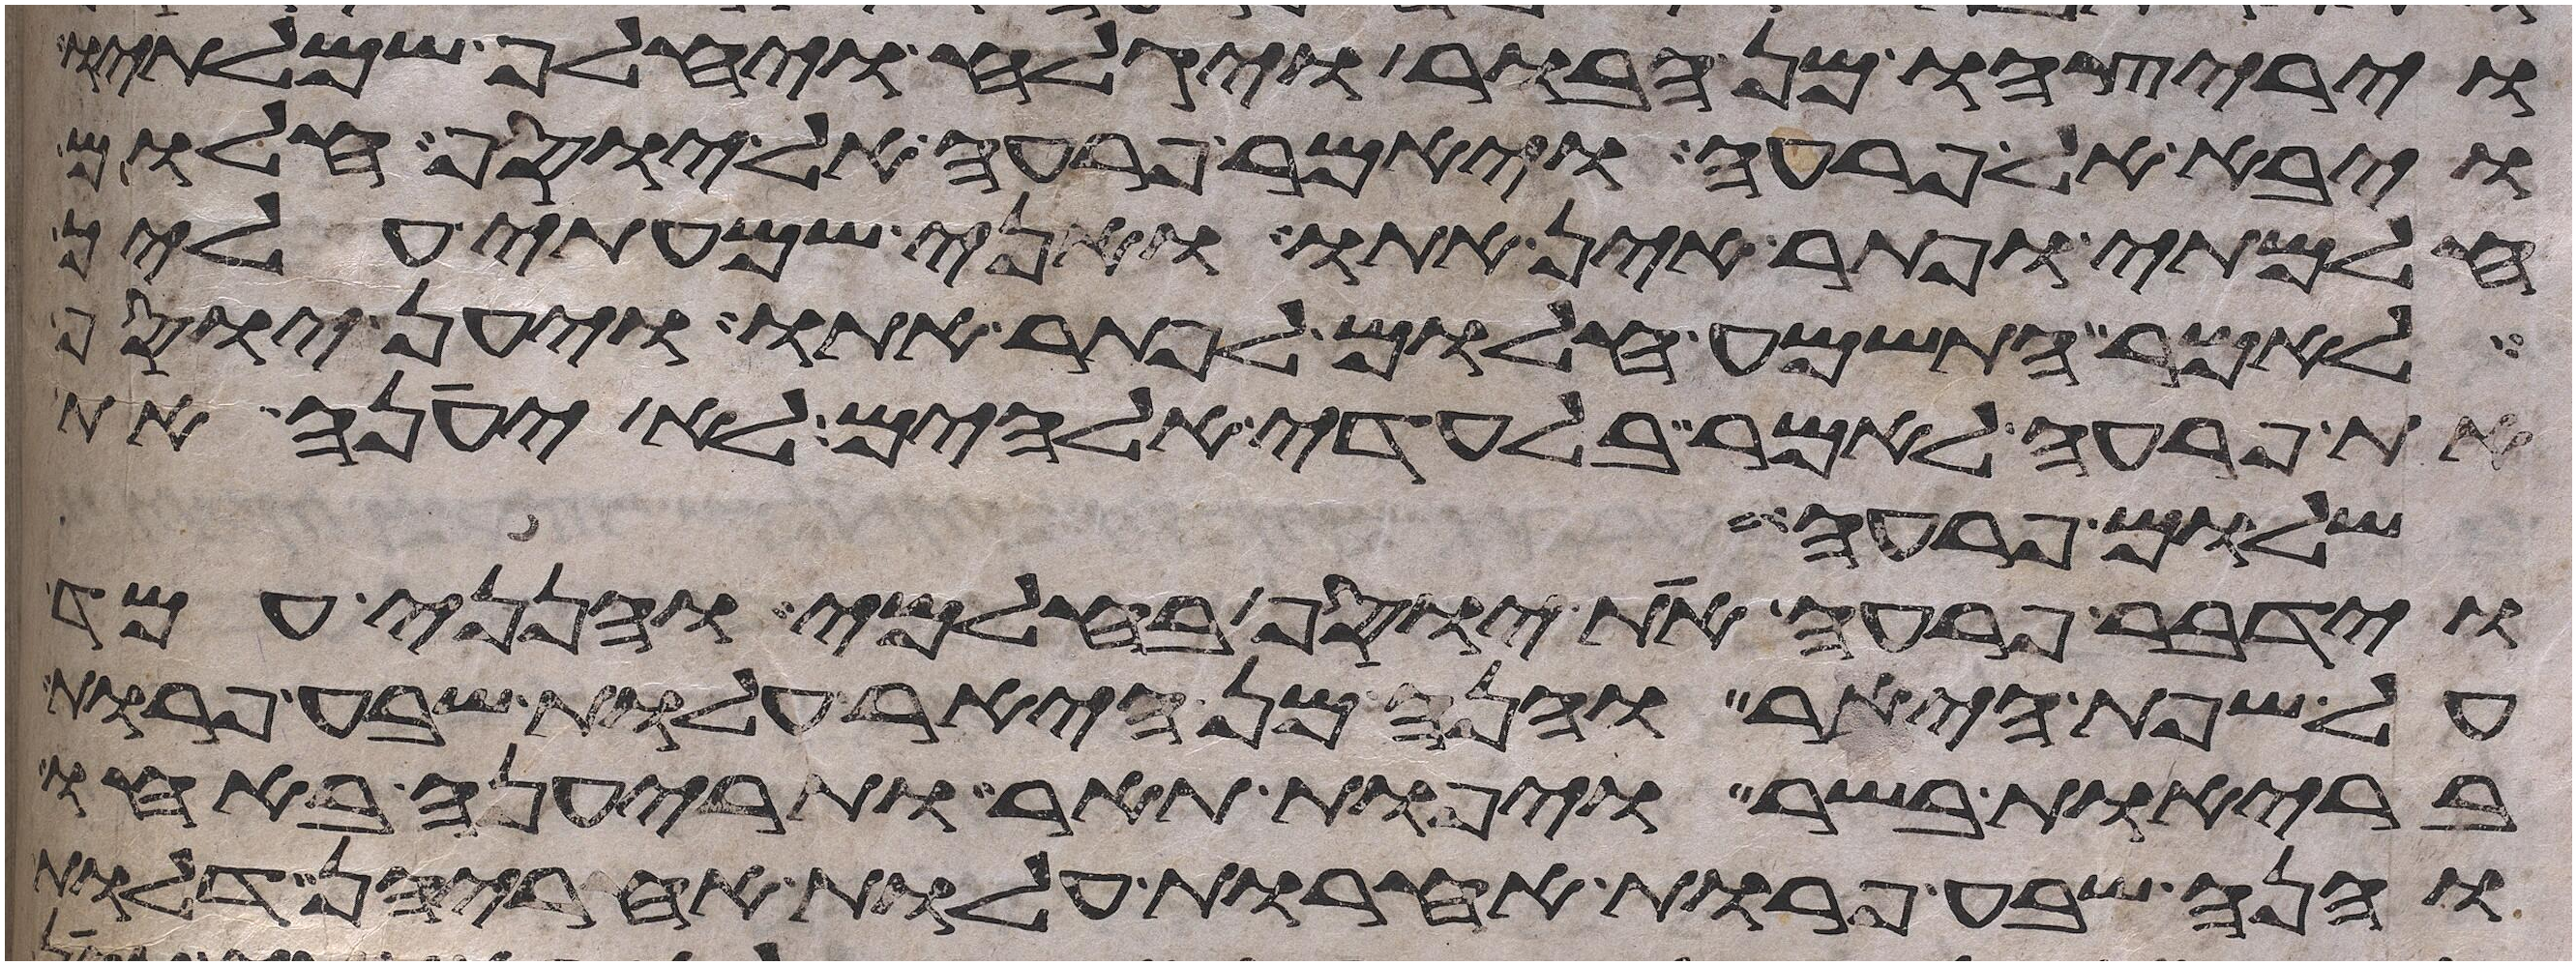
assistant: ויריצהו מן הבור ויגלח ויחלף שמלתיו
ויבא אל פרעה ויאמר פרעה אל יוסף חלום
חלמתי ופתר אין אתו ואני שמעתי עליך
לאמר התשמע חלום לפתר אתו ויען יוסף
את פרעה לאמר בלעדי אלהים לא יענה את
שלום פרעה
וידבר פרעה את יוסף בחלמי והנני עמד
על שפת היאר והנה מן היאר עלות שבע פרות
בריות בשר ויפות תאר ותריענה באחו
והנה שבע פרות אחרות עלות אחריהן דלות